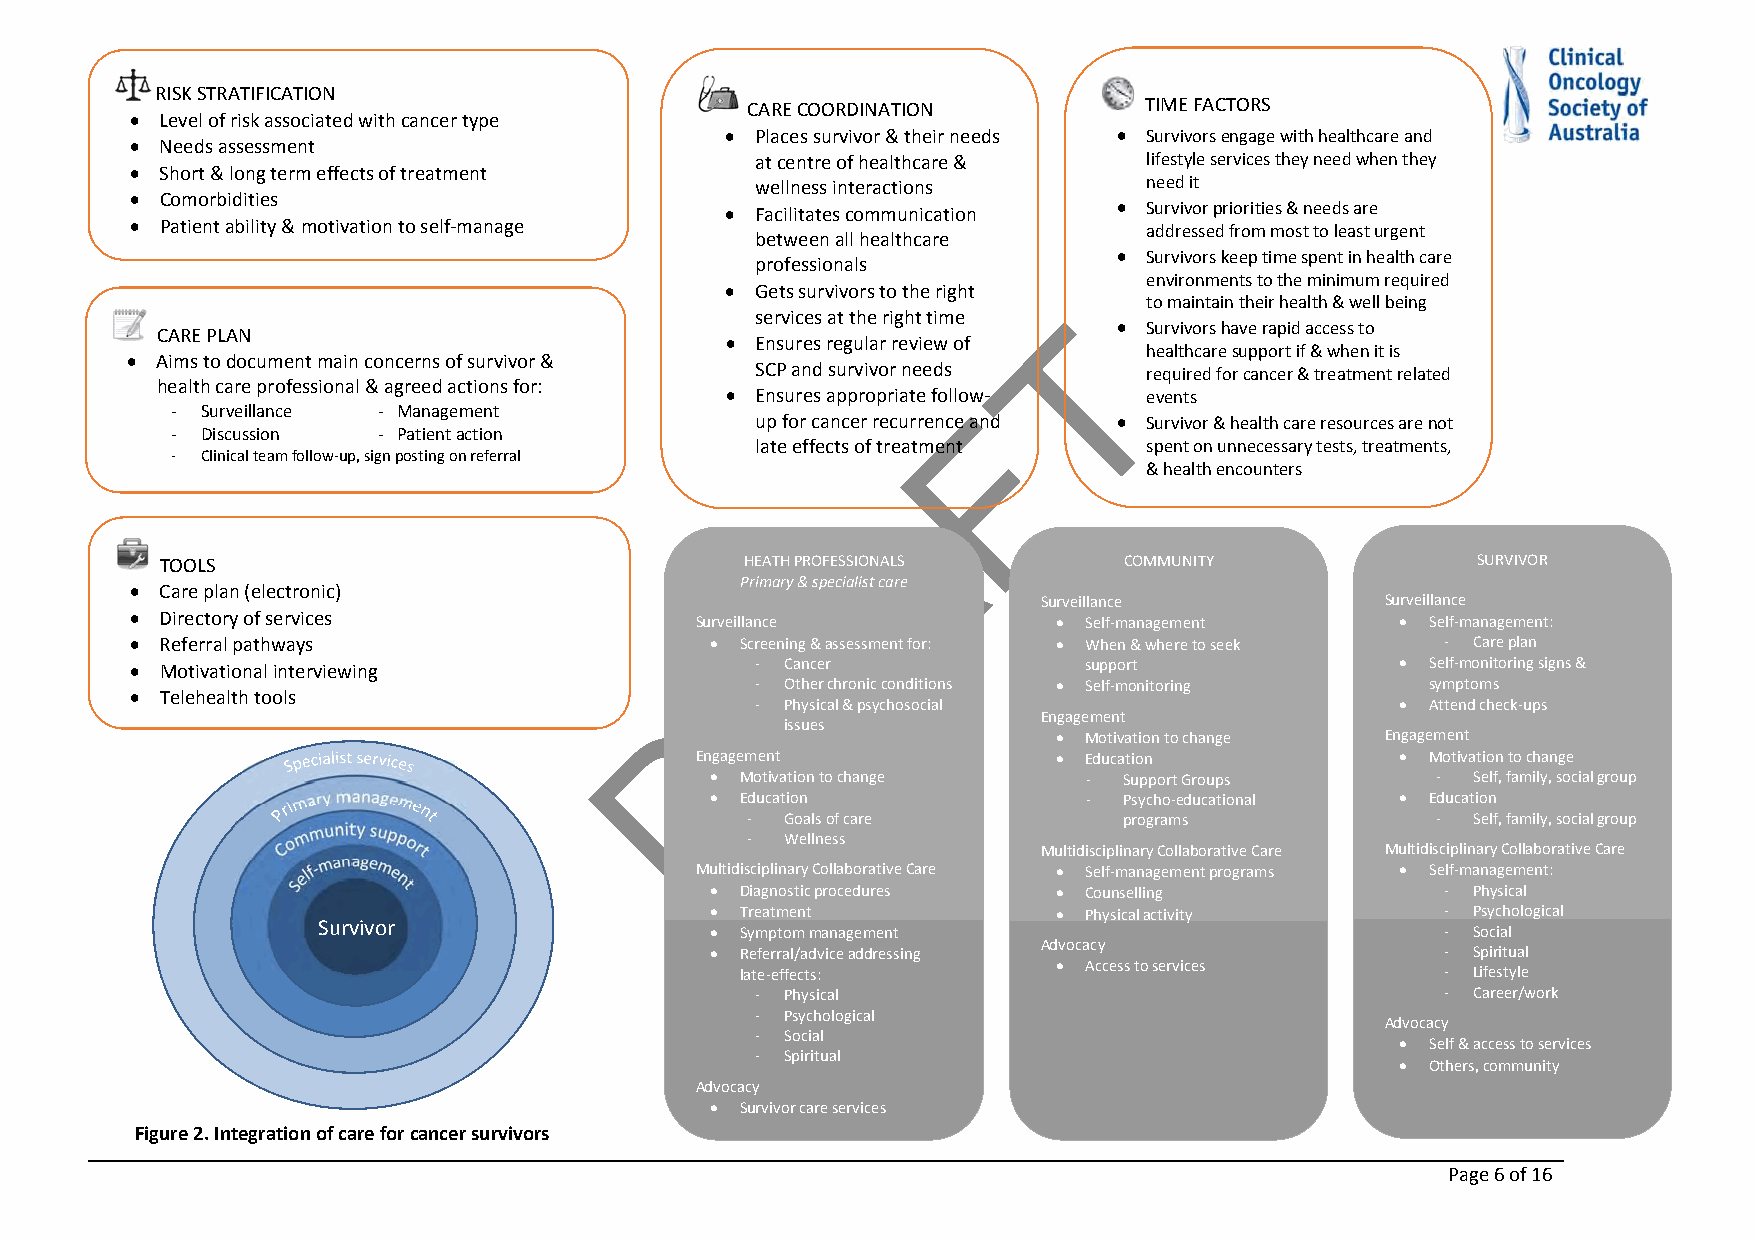
RISK STRATIFICATION
 CARE COORDINATION          TIME FACTORS
  Level of risk associated with cancer type
  Places survivor & their needs  Survivors engage with healthcare and
  Needs assessment
 at centre of healthcare & lifestyle services they need when they
  Short & long term effects of treatment
 wellness interactions     need it
  Comorbidities
  Facilitates communication  Survivor priorities & needs are
  Patient ability & motivation to self‐manage                      addressed from most to least urgent
 between all healthcare
  Survivors keep time spent in health care
 professionals
 environments to the minimum required
  Gets survivors to the right
 to maintain their health & well being
 services at the right time T
 CARE PLAN                                                        Survivors have rapid access to
  Ensures regular review of
  Aims to document main concerns of survivor &
 healthcare support if & when it is
 SCP and survivor needs
 required for cancer & treatment related
 health care professional & agreed actions for:
  Ensures appropriate follow‐ events
 ‐ Surveillance ‐ Management                          F
 up for cancer recurrence and  Survivor & health care resources are not
 ‐ Discussion  ‐ Patient action
 late effects of treatment spent on unnecessary tests, treatments,
 ‐ Clinical team follow‐up, sign posting on referral
 & health encounters
 A
 TOOLS                                 HEATH PROFESSIONALS      COMMUNITY               SURVIVOR
 Primary & specialist care
  Care plan (electronic)                  R
 Surveillance           Surveillance
  Directory of services              Surveillance             Self‐management       Self‐management:
  Referral pathways                    Screening & assessment for:  When & where to seek ‐ Care plan
  Motivational interviewing              ‐ Cancer              support               Self‐monitoring signs &
 ‐ Other chronic conditions  Self‐monitoring symptoms
  Telehealth tools                 D     ‐ Physical & psychosocial                   Attend check‐ups
 Engagement
 issues
  Motivation to change Engagement
 Engagement               Education             Motivation to change
  Motivation to change   ‐ Support Groups       ‐ Self, family, social group
  Education              ‐ Psycho‐educational  Education
 ‐  Goals of care         programs             ‐ Self, family, social group
 ‐  Wellness
 Multidisciplinary Collaborative Care Multidisciplinary Collaborative Care
 Multidisciplinary Collaborative Care  Self‐management programs  Self‐management:
  Diagnostic procedures  Counselling            ‐ Physical
  Treatment             Physical activity       ‐ Psychological
 Survivor
  Symptom management                             ‐ Social
  Referral/advice addressing
 Advocacy
 ‐ Spiritual
 late‐effects:         Access to services      ‐ Lifestyle
 ‐ Physical                                    ‐ Career/work
 ‐ Psychological
 Advocacy
 ‐ Social
  Self & access to services
 ‐ Spiritual
  Others, community
 Advocacy
  Survivor care services
 Figure 2. Integration of care for cancer survivors
 Page 6of 16